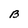
Character: B